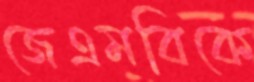
জেএমবিকে